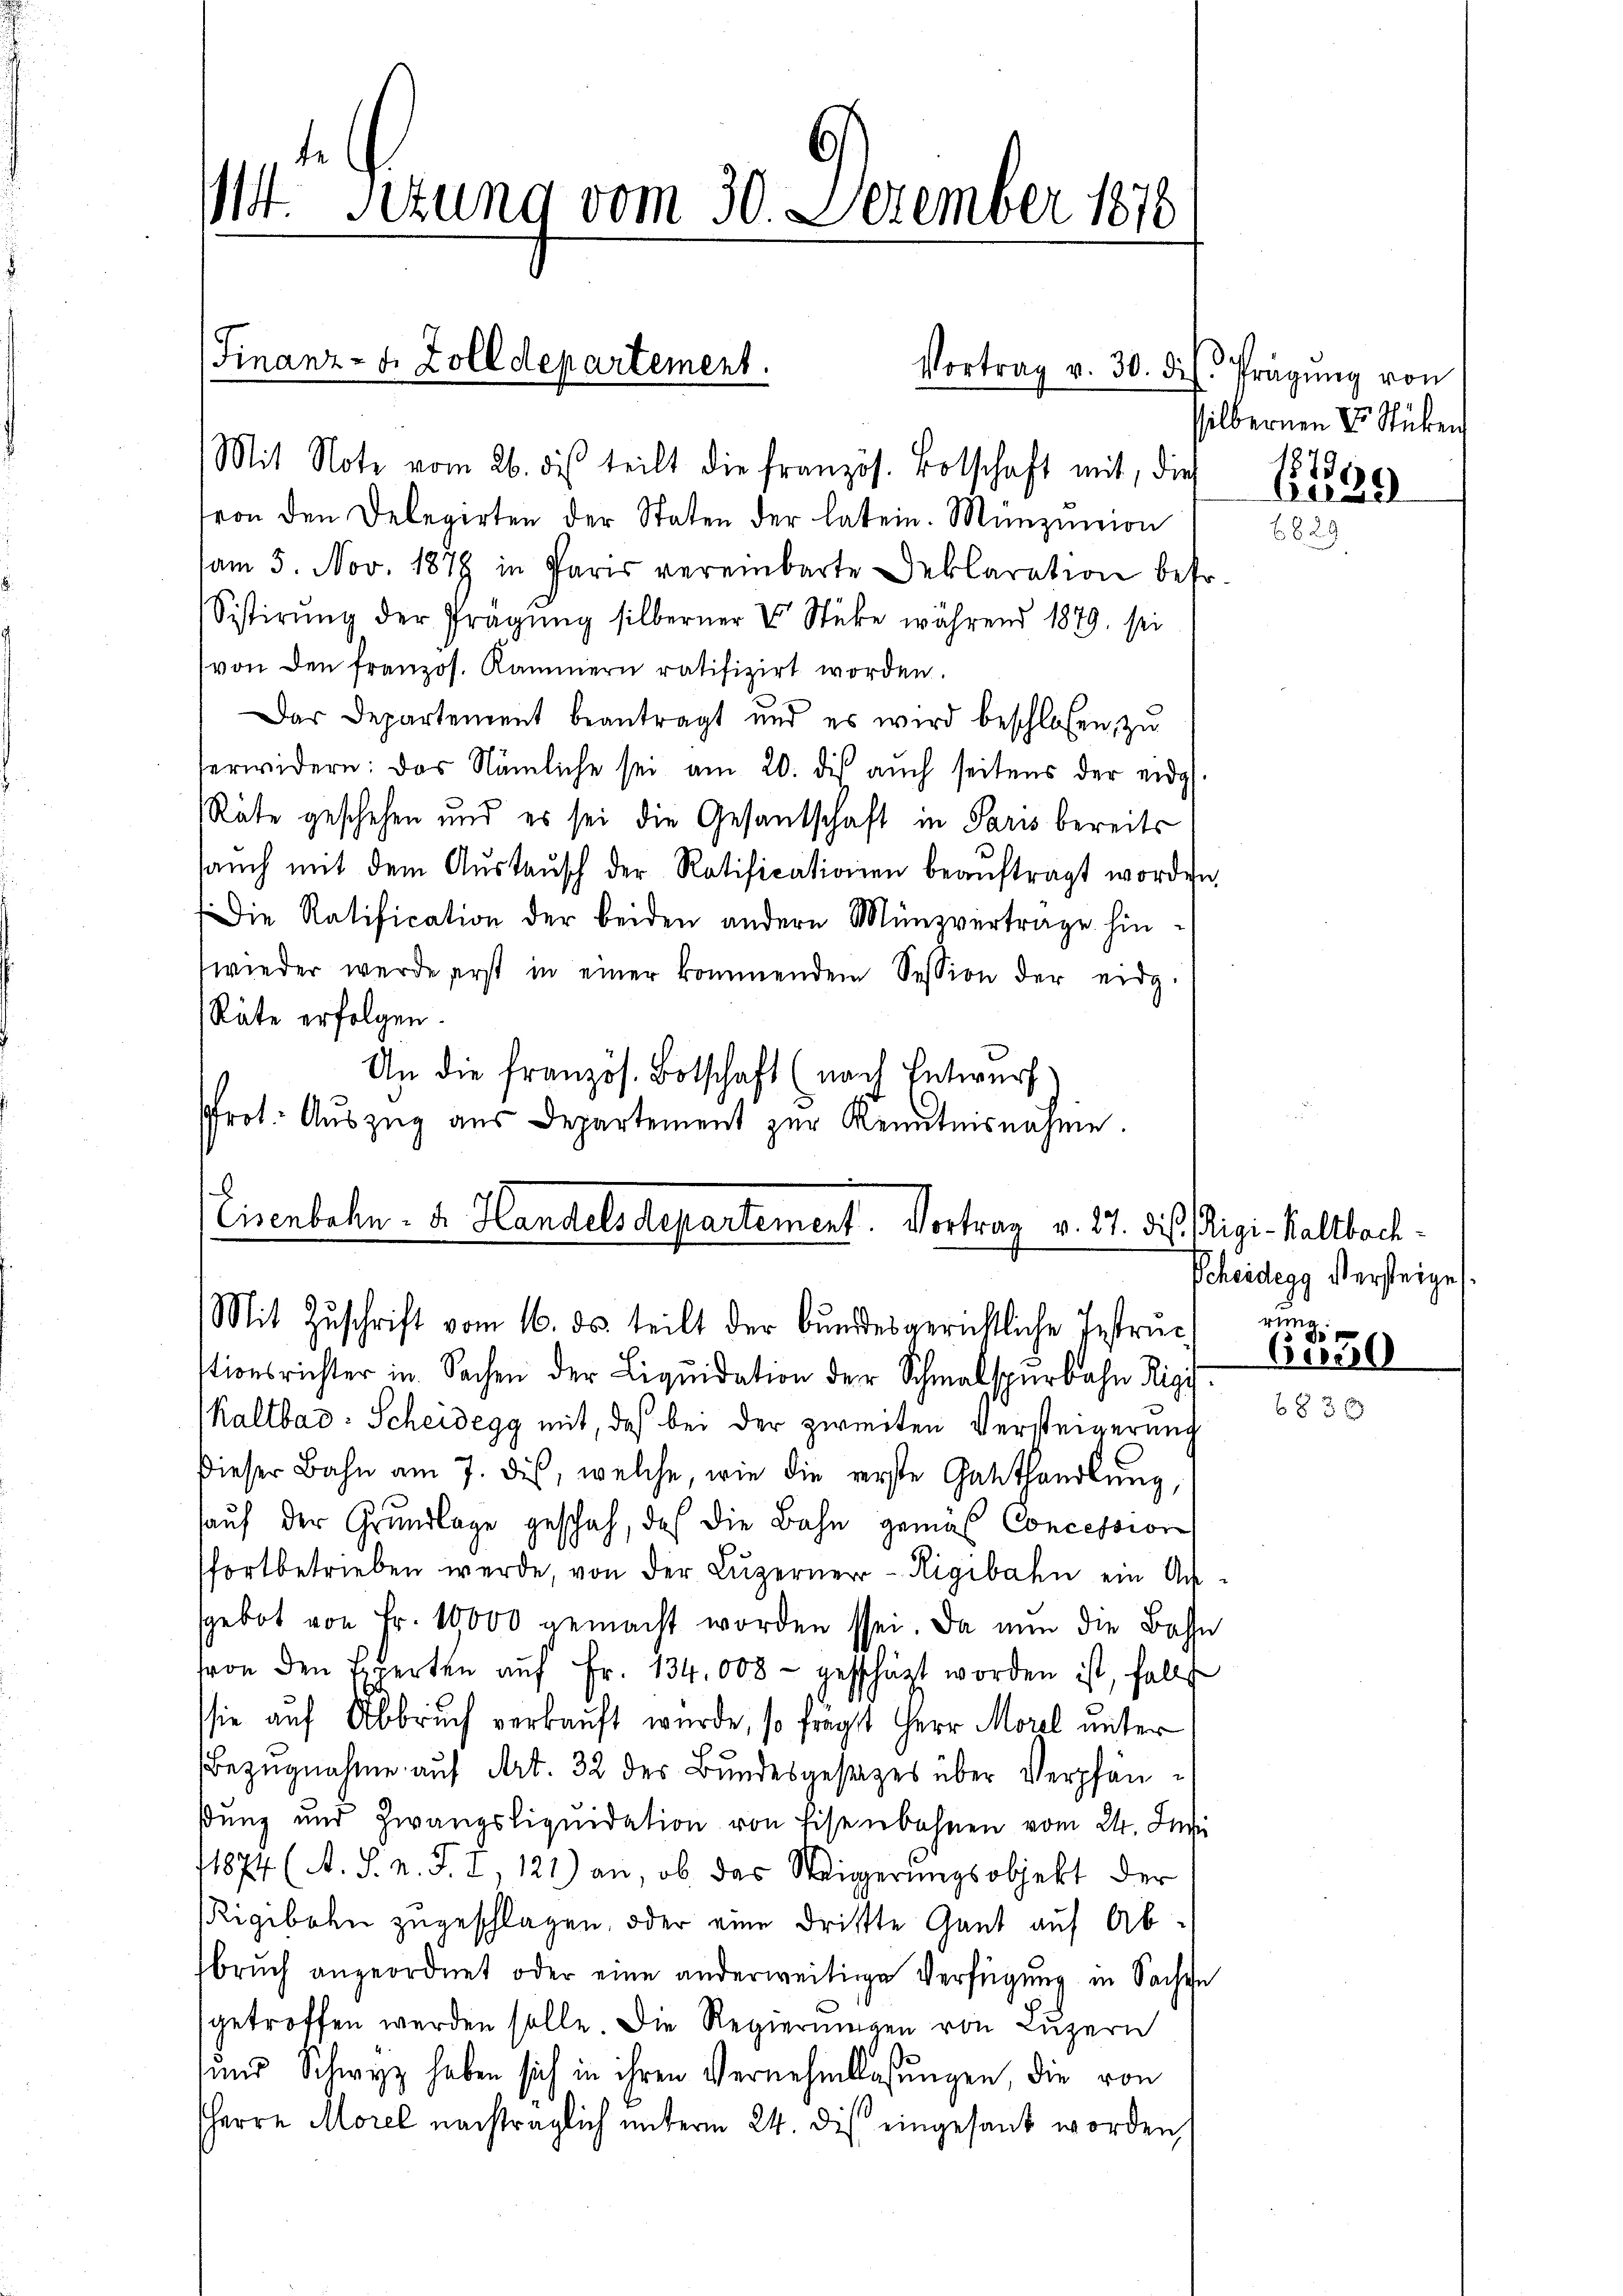
te
Mt. Sitzung vom 30. Dezember 1876

(Finanz- u. Zolldepartement.

Vortrag v. 30. di

Mit Note vom 26. des teilt die französ. Botschaft mit, die
von den Delegirten der Staten der latein. Münzicion
am 5. Nov. 1879 in Paris vereinbarte Deklaration betr.
Sistirŭng der Prägung silberner V Stüke während 1879. sei
von den franzos. Kammern ratifizirt worden.
Das Departement beantragt und es wird beschlosen, zu
erwidern: das Nämliche sei am 20. des auch seitens der eidg
Räte geschehen und es sei die Gesantschaft in Paris bereits
saŭch mit dem Aŭstaŭsch der Ratificationen beaŭftragt worden,
Die Ratification der beiden andern Münzvertrage hinwieder werde erst in einer kommendem Session der eidg.
Räte erfolgen.
An die französ. Botschaft (nach Entwurf
Pfrot. Auszug aus Departement zur Kenntnisnahme.
d
Cisenbahn. F. Handels Departement. Vortrag v. 17. die Rigi-Kaltbach¬

Mit Zŭschrift vom 16. ds. teilt der Bŭndesgerichtliche Instrŭch eing

Prägung von
silbernen Dr. Stücken
1879.
38

stionsrichter in Sachen der Liquidation der Schmalspurbahn Rigi
Kaltbar: Scheidegg mit, daß bei der zweiten Versteigerung
dieser Bahn am 7. des, welche, wie die erste Gasthandlung,
aŭf der Grŭndlage geschah, daß die Bahn gemäß Concession
fortbetrieben werde, von der Luzerner-Rigibahn ein Ansgebot von Fr. 10000 gemacht worden sei. Da nun die Bahn
von den Experten aŭf Fr. 134.008 - geschäzt worden ist, falls
sie auf Abbruch verkauft wurde, so frägt Herr Morel unter
Bezugnahme auf Art. 32 des Bundesgesetzes über Verpfänßung und Zwangsliquidation von Eisenbahnen vom 24. Juni
71874 (A. S. n. F. 2, 121) an, ob das Weigerungsobjekt der
Rigibahn zugeschlagen, oder eine dritte Gant auf Abbrŭch angeordnet oder eine anderweitige Verfügung in Sachen
getroffen werden solle. Die Regierungen von Luzern
und Schwyz haben sich in ihren Vernehmlassungen, die von
sherrn Morel nachträglich unterm 24. dis eingesant worden,

6829

Scheidegg stersteige

600